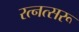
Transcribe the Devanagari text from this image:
रत्नत्सरू